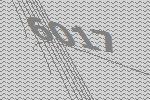
6017